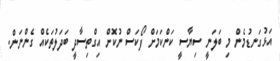
އަޅުގަނޑުމެން މި ބަލަނީ ސިޔާސީ ކަންކަމަށް ފޯކަސް ނުކޮށް އިގްތިސާދީ ބަދަލުތަކެއް ގެންނަން.